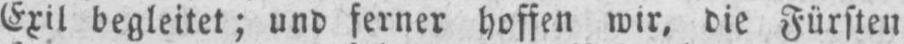
Exil begleitet; und ferner hoffen wir, die Fürsten